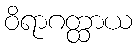
ဝိရာဂတ္ထာယ